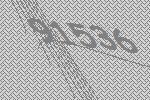
91536